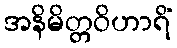
အနိမိတ္တဝိဟာရိံ